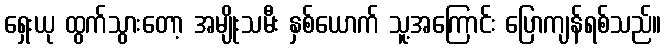
ရှေးယု ထွက်သွားတော့ အမျိုးသမီး နှစ်ယောက် သူ့အကြောင်း ပြောကျန်ရစ်သည်။